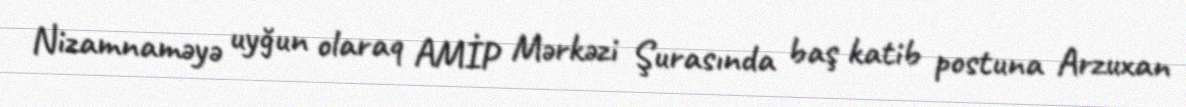
Nizamnaməyə uyğun olaraq AMİP Mərkəzi Şurasında baş katib postuna Arzuxan